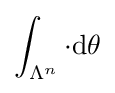
\int _{\Lambda ^{n}}\cdot {\textrm {d}}\theta